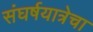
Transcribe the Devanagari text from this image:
संघर्षयात्रेचा